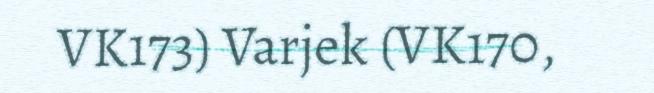
VK173) Varjek (VK170,